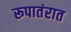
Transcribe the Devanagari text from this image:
रूपातंरात